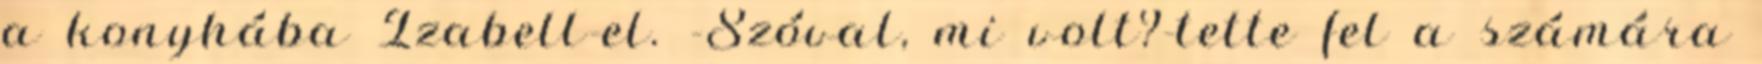
a konyhába Izabell-el. -Szóval, mi volt?-tette fel a számára